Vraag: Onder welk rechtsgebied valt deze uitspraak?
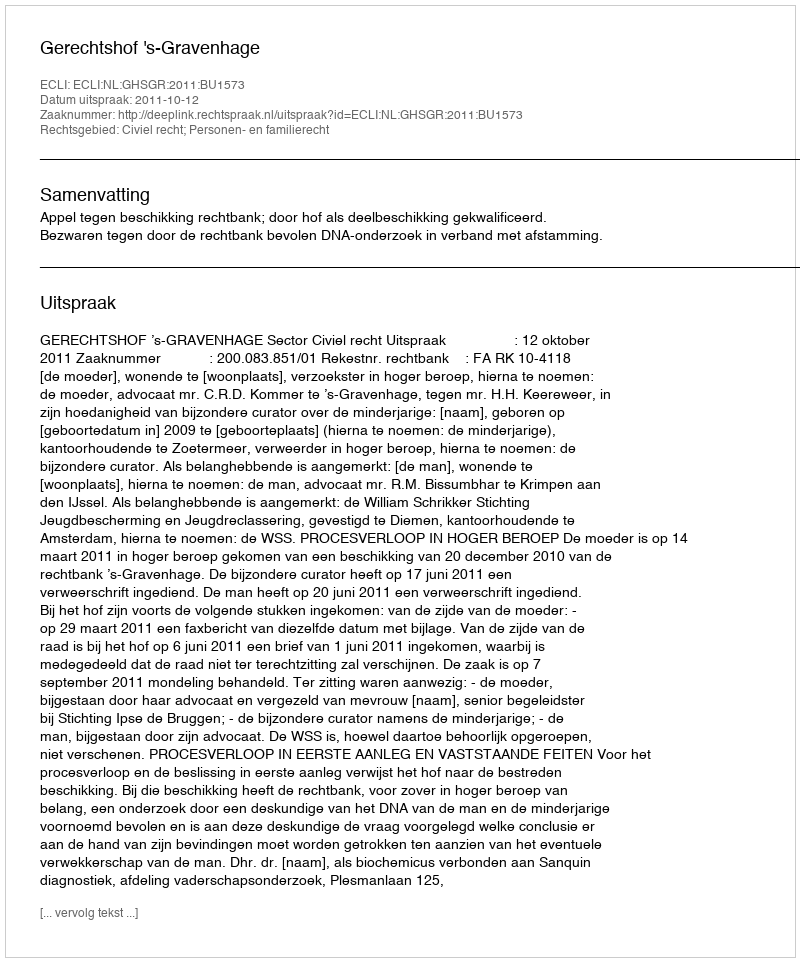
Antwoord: Civiel recht; Personen- en familierecht